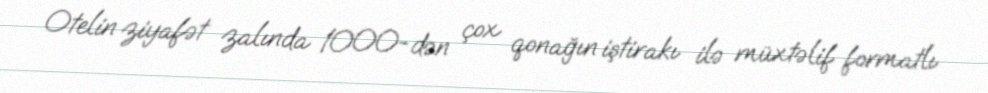
Otelin ziyafət zalında 1000-dən çox qonağın iştirakı ilə müxtəlif formatlı